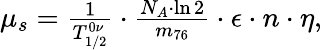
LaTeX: \begin{array}{r}{\mu_{s}=\frac{1}{T_{1/2}^{0\nu}}\cdot\frac{N_{A}\cdot\ln{2}}{m_{76}}\cdot\epsilon\cdot n\cdot\eta,}\end{array}